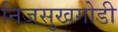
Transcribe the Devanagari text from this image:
निजसुखगोडी